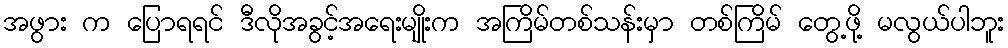
အဖွား က ပြောရရင် ဒီလိုအခွင့်အရေးမျိုးက အကြိမ်တစ်သန်းမှာ တစ်ကြိမ် တွေ့ဖို့ မလွယ်ပါဘူး